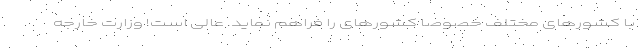
با کشورهای مختلف خصوصا کشورهای را فراهم نماید. عالی است! وزارت خارجه